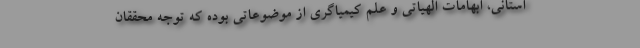
استانی، ابهامات الهیاتی و علم کیمیاگری از موضوعاتی بوده که توجه محققان